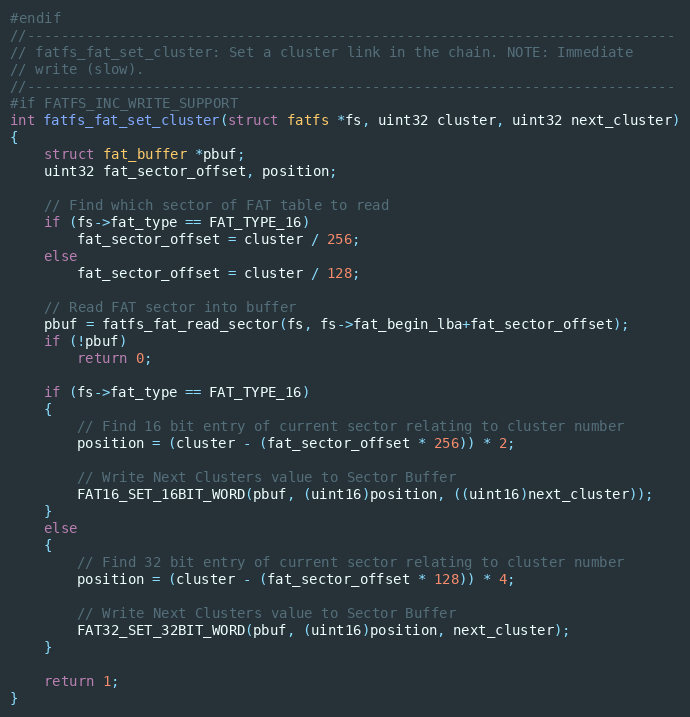
Language: C
#endif
//-----------------------------------------------------------------------------
// fatfs_fat_set_cluster: Set a cluster link in the chain. NOTE: Immediate
// write (slow).
//-----------------------------------------------------------------------------
#if FATFS_INC_WRITE_SUPPORT
int fatfs_fat_set_cluster(struct fatfs *fs, uint32 cluster, uint32 next_cluster)
{
    struct fat_buffer *pbuf;
    uint32 fat_sector_offset, position;

    // Find which sector of FAT table to read
    if (fs->fat_type == FAT_TYPE_16)
        fat_sector_offset = cluster / 256;
    else
        fat_sector_offset = cluster / 128;

    // Read FAT sector into buffer
    pbuf = fatfs_fat_read_sector(fs, fs->fat_begin_lba+fat_sector_offset);
    if (!pbuf)
        return 0;

    if (fs->fat_type == FAT_TYPE_16)
    {
        // Find 16 bit entry of current sector relating to cluster number
        position = (cluster - (fat_sector_offset * 256)) * 2;

        // Write Next Clusters value to Sector Buffer
        FAT16_SET_16BIT_WORD(pbuf, (uint16)position, ((uint16)next_cluster));
    }
    else
    {
        // Find 32 bit entry of current sector relating to cluster number
        position = (cluster - (fat_sector_offset * 128)) * 4;

        // Write Next Clusters value to Sector Buffer
        FAT32_SET_32BIT_WORD(pbuf, (uint16)position, next_cluster);
    }

    return 1;
}